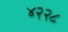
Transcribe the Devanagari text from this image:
४२२८